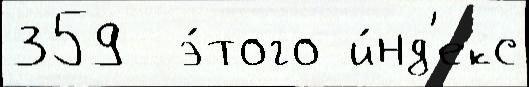
359  э́того и́нд'екс